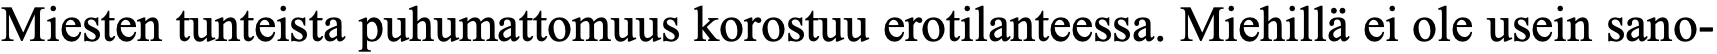
Miesten tunteista puhumattomuus korostuu erotilanteessa. Miehillä ei ole usein sano-